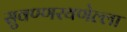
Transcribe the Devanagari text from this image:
सुवण्णरयणेल्ला